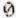
0